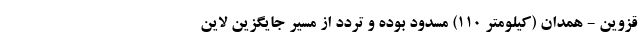
قزوین - همدان (کیلومتر ۱۱۰) مسدود بوده و تردد از مسیر جایگزین لاین